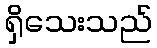
ရှိသေးသည်